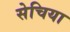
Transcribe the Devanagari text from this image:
सेचिया